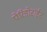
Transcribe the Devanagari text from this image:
पेरिड़ोटाईट